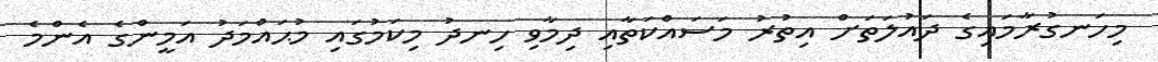
މިހަނގުރާމައިގެ ދައުލަތަށް އިތުރު މަސައްކަތާއި ދިމާވި ހިނދު މިކަމުގައި މުޙައްމަދު އަމީންގެ އެންމެ